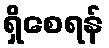
ရှိစေရန်